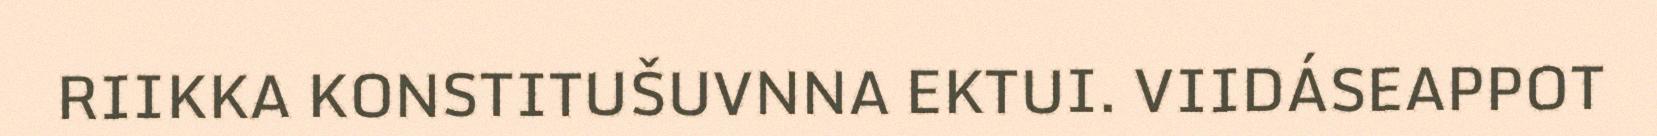
RIIKKA KONSTITUŠUVNNA EKTUI. VIIDÁSEAPPOT